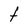
Character: t